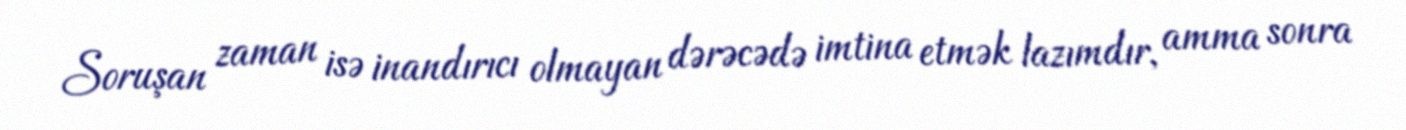
Soruşan zaman isə inandırıcı olmayan dərəcədə imtina etmək lazımdır, amma sonra